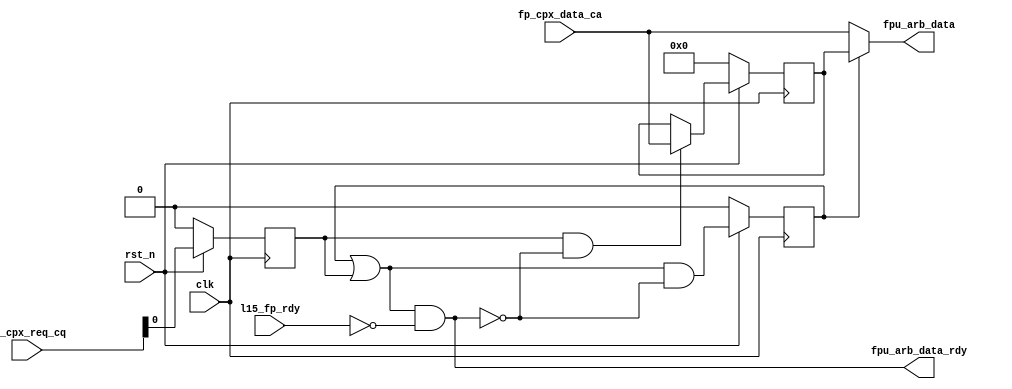
// Copyright (c) 2015 Princeton University
// All rights reserved.
// 
// Redistribution and use in source and binary forms, with or without
// modification, are permitted provided that the following conditions are met:
//     * Redistributions of source code must retain the above copyright
//       notice, this list of conditions and the following disclaimer.
//     * Redistributions in binary form must reproduce the above copyright
//       notice, this list of conditions and the following disclaimer in the
//       documentation and/or other materials provided with the distribution.
//     * Neither the name of Princeton University nor the
//       names of its contributors may be used to endorse or promote products
//       derived from this software without specific prior written permission.
// 
// THIS SOFTWARE IS PROVIDED BY PRINCETON UNIVERSITY "AS IS" AND
// ANY EXPRESS OR IMPLIED WARRANTIES, INCLUDING, BUT NOT LIMITED TO, THE IMPLIED
// WARRANTIES OF MERCHANTABILITY AND FITNESS FOR A PARTICULAR PURPOSE ARE
// DISCLAIMED. IN NO EVENT SHALL PRINCETON UNIVERSITY BE LIABLE FOR ANY
// DIRECT, INDIRECT, INCIDENTAL, SPECIAL, EXEMPLARY, OR CONSEQUENTIAL DAMAGES
// (INCLUDING, BUT NOT LIMITED TO, PROCUREMENT OF SUBSTITUTE GOODS OR SERVICES;
// LOSS OF USE, DATA, OR PROFITS; OR BUSINESS INTERRUPTION) HOWEVER CAUSED AND
// ON ANY THEORY OF LIABILITY, WHETHER IN CONTRACT, STRICT LIABILITY, OR TORT
// (INCLUDING NEGLIGENCE OR OTHERWISE) ARISING IN ANY WAY OUT OF THE USE OF THIS
// SOFTWARE, EVEN IF ADVISED OF THE POSSIBILITY OF SUCH DAMAGE.

///////////////////////////////////////////////////////////////////////////////
//
//  Floating Point Unit to stallable CPX buffer.
//
///////////////////////////////////////////////////////////////////////////////

module fpu_buf (
    input wire rst_n,
    input wire clk,

    input wire [7:0] fp_cpx_req_cq,
    input wire [144:0] fp_cpx_data_ca,

    input wire l15_fp_rdy,

    output reg fpu_arb_data_rdy,
    output reg [144:0] fpu_arb_data
);

// Tri: i'm going to write the logic using val/rdy convention; easier to understand
reg fp_cpx_req;
reg fp_cpx_req_d1;

reg output_rdy;
reg output_val;
reg [144:0] output_data;
reg buffer_val_next;
reg buffer_val;
reg [144:0] buffer_next;
reg [144:0] buffer;
reg buffer_wr_en;

always @*
begin
    // renaming
    fp_cpx_req = fp_cpx_req_cq[0];
    output_rdy = !l15_fp_rdy;

    // assigning outputs
    // output is valid when (buffer_val || fp_cpx_req_d1 == 1) && output_rdy;
    output_val = (buffer_val || fp_cpx_req_d1) && output_rdy;
    output_data = buffer_val ? buffer : fp_cpx_data_ca;

    // buffer is valid next cycle if
    // 1. buffer_val && !output_val (hold buffer)
    // 2. fp_cpx_req_d1 && !output_val (new buffer)
    buffer_val_next = (buffer_val || fp_cpx_req_d1) && !output_val;
    // write new buffer when fp_cpx_req_d1 && !output_val (new buffer)
    buffer_wr_en = fp_cpx_req_d1 && !output_val;
    buffer_next = buffer_wr_en ? fp_cpx_data_ca : buffer;

    // output assignments
    fpu_arb_data_rdy = output_val;
    fpu_arb_data = output_data;
end

always @(posedge clk)
begin
    if (~rst_n)
    begin
        fp_cpx_req_d1 <= 1'b0;
        buffer_val <= 1'b0;
        buffer <= 145'b0;
    end
    else
    begin 
        fp_cpx_req_d1 <= fp_cpx_req;
        buffer_val <= buffer_val_next;
        buffer <= buffer_next;
    end
end


endmodule